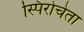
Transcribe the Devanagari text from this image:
स्पिरोचेता